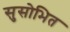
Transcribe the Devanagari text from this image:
सुसोभित